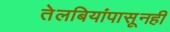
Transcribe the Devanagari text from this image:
तेलबियांपासूनही